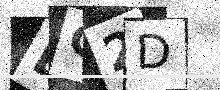
Text: EC2D